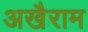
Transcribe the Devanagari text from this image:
अखैराम